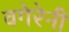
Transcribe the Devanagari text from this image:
वगेरेनी